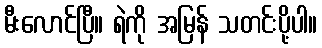
မီးလောင်ပြီ။ ရဲကို အမြန် သတင်းပို့ပါ။